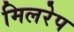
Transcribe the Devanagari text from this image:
मिलरेप